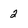
Character: 2